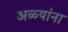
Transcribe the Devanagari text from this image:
अळ्यांना